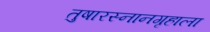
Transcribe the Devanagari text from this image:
तुषारस्नानगृहाला